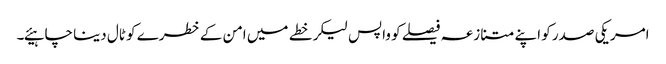
امریکی صدر کو اپنے متنازعہ فیصلے کو واپس لیکر خطے میں امن کے خطرے کو ٹال دینا چاہیئے۔